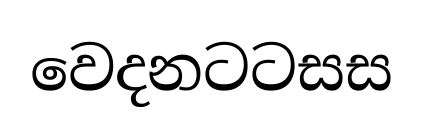
වෙදනටටසස